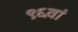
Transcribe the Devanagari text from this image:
९६वां